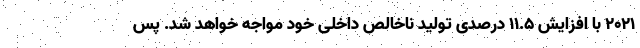
۲۰۲۱ با افزایش ۱۱.۵ درصدی تولید ناخالص داخلی خود مواجه خواهد شد. پس